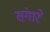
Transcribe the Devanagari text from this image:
संगारे